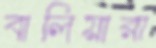
বালিয়ারা